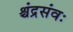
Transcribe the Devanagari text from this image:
श्चंद्रसंवः